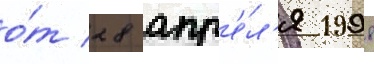
о́т 28 апр'е́л'я 1998